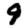
Digit: 9